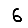
Digit: 6